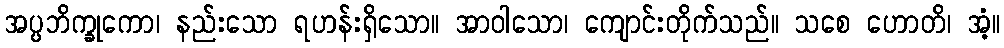
အပ္ပဘိက္ခုကော၊ နည်းသော ရဟန်းရှိသော။ အာဝါသော၊ ကျောင်းတိုက်သည်။ သစေ ဟောတိ၊ အံ့။